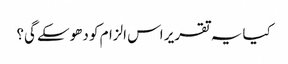
کیا یہ تقریر اس الزام کو دھوسکے گی؟